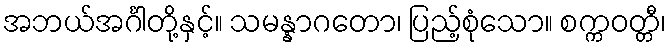
အဘယ်အင်္ဂါတို့နှင့်။ သမန္နာဂတော၊ ပြည့်စုံသော။ စက္ကဝတ္တီ၊